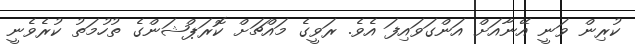
ކުރިން ވަނީ އޭނާއަށް އަންގަވައިފަ އެވެ. ރަވީގެ މައްޗަށް ކޮރަޕްޝަންގެ ތުހުމަތު ކުރެވެނީ